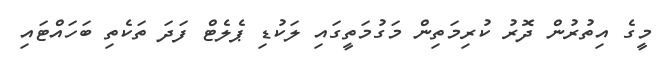
މީގެ އިތުރުން ދޮރު ކުރިމަތިން މަގުމަތީގައި ލަކުޑި ޕެލެޓް ފަދަ ތަކެތި ބަހައްޓައި